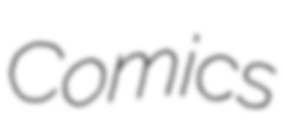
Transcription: Comics